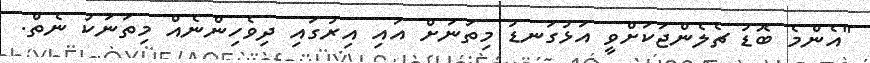
"އެންމެ ބޮޑު ޗެލެންޖަކަށްވީ އަޅުގަނޑު މިތަނަށް އައި އިރުގައި ދިވެހިންނެއް މިތަނަކު ނެތް.